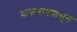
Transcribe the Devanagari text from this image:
दासगावपासून